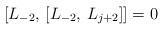
LaTeX: \begin{align*}[L_{-2}, \, [L_{-2}, \, L_{j+2}]] = 0\end{align*}